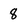
Character: 8